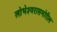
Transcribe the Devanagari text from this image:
लोभेश्‍वरासमोरील